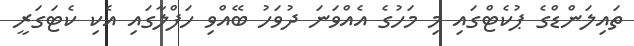
ތައިލަންޑްގެ ޕުކެޓްގައި މި މަހުގެ އެއްވަނަ ދުވަހު ބޭއްވި ހަފްލާގައި އެކި ކެޓަގަރީ